Account of plague administration in the Bombay Presidency from September 1896 till May 1897
Year: 1896
Disease focus: Plague
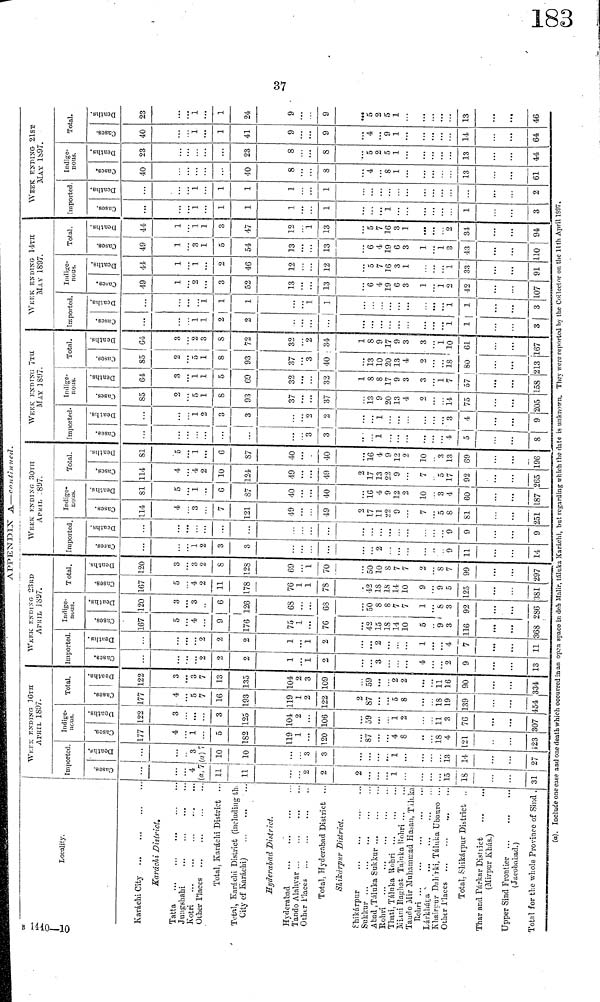
05
Γ
APPEISTDTX A—continued.
Locality.
Karáchi City
Karachi District.
Tatta
Jungshahi
...
Kotri
Other Places
Total, Karachi District
Total, Karachi District (including th
City of Karáchi)
Hyderabad District.
Hyderabad
Total, Hyderabad District ..
Shikurpur District.
Shikárpur
Sukkur
Thati, Táluka Rohri
Miani Baghat Taluka
Rohri
Taudo Mir Muhammad Hasan, Taluka
Khairpur Dahrki, Táluka Ubauro ..
Total, Shikárpur District ..
Thar and Párkar District
(Mirpur Khás.)
Upper Sind Frontier
(Jacobabad.)
Total for the whole Province of Sind.
WEEK ENDING 16TH
APRIL
1897
Imported.
Cases
4
(a)7
11
11
2
2
2
1
15
18
31
Deaths
3
(a)7
10
10
3
3
1
1
18
14
27
INdige
nous.
177
4
1
5
182
119
1
120
87
4
8
18
4
121
423
Deaths
122
3
3
125
104
2
106
39
1
2
11
8
76
307
Total.
Cases
177
4
5
7
16
193
119
1
2
122
2
87
5
8
18
19
139
454
Deaths
122
3
3
13
135
104
2
3
109
59
2
2
11
16
90
334
Imported
2
2
9
1
1
2
3
4
2
9
13
Deaths
2
2
1
1
2
2
1
4
7
11
Indigo
nous.
167
5
4
9
176
75
1
76
42
15
18
14
10
5
9
3
116
368
Deaths
120
3
6
126
68
68
50
8
8
7 7
1
8
3
92
286
Total.
Cases
167
5
4
2
11
178
76
1
1
78
42
18
18
14
10
9
9
5
125
381
Deaths
120
3
3
2
8
128
69
1
70
50
10
8
7
7
2
8
7
99
297
Imported
Cases
1
2
3
3
2
9
11
14
Deaths
9
9
9
Indige-
nous.
114
4
3
7
121
49
49
2
17
11
22
9
7
5
8
81
251
Deaths
81
5
1
6
87
40
40
16
4
9
12
2
10
3
4
60
187
Total.
114
4
4
2
10
124
49
49
2
17
13
22
9
7
5
17
92
265
Deaths
81
5
1
6
87
40
40
16
4
9
12
2
10
3
13
69
196
Imported
Cases
3
3
1
4
5
8
Deaths
1
2
3
3
2
2
1
3
4
9
Indige-
nous.
Cases
85
2
5
1
8
93
37
37
13
9
20
13
4
2
14
75
205
Deaths
64
3
1
1
5
69
32
32
1
8
8
17
9
3
3
1
7
57
158
Total.
Cases
85
2
5
1
8
93
37
3
40
13
10
20
13
4
2
18
80
213
64
3
2
3
8
72
32
2
34
1
8
9
17
9
3
3
1
10
61
167
WEEK ENDING 14 ΤH
MAY
1897
Importée
Cases
1
1
2
2
1
1
3
Deaths
1
1
1
1
1
1
1
3
Indige-
nous.
Cases
49
1
2
3
52
13
13
6
4
19
6
3
1
1
2
42
107
44
1
1
2
46
12
12
5
7
16
3
1
1
33
91
Total.
Cases
49
1
3
1
5
54
13
13
6
4
19
6
3
1
1
3
43
10
Deaths
44
1
1
1
3
47
12
1
13
5
7
16
3
1
2
34
94
WEEK ENDING 21ST
MAY
1897
Imported.
Cases
1
1
1
1
1
1
1
3
Deaths
1
1
1
1
1
2
Indige-
nous.
Cases
40
40
8
8
4
8
1
13
61
Deaths
23
23
8
8
5
2
5
1
13
44
Total.
Cases
40
1
1
41
9
9
4
9
1
14
64
23
1
1
24
9
9
5
2
5
1
13
46
(a). Include one case and one death which occurred in an open space in deh Malir, táluka Karáchi, but regarding which the date is unknown. They were reported by the Collector on the 11th April 1897.
1440-10